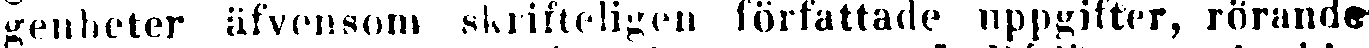
genheter äfvensom skrifteligen författade uppgifter, rörande